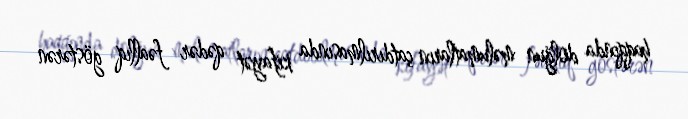
haqqında dolğun məlumatların çatdırılmasında kifayət qədər fəallıq göstərən